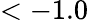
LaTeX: <-1.0